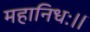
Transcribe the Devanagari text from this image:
महानिधः।।